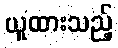
ယူထားသည့်